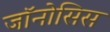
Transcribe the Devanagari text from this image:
जॉनोसिस